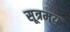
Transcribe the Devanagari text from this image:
सूत्रमय